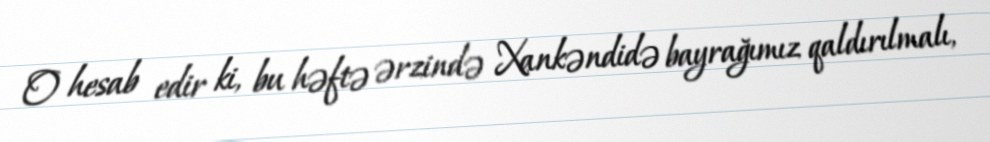
O hesab edir ki, bu həftə ərzində Xankəndidə bayrağımız qaldırılmalı,